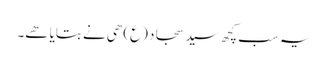
یہ سب کچھ سید سجاد (ع) ھی نے بتایا ھے۔